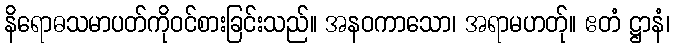
နိရောဓသမာပတ်ကိုဝင်စားခြင်းသည်။ အနဝကာသော၊ အရာမဟတ်ု။ ဧတံ ဋ္ဌာနံ၊